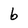
Character: 6